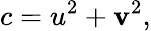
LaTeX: c=u^{2}+\mathbf{v}^{2},